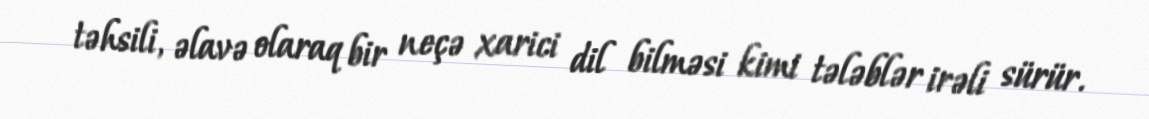
təhsili, əlavə olaraq bir neçə xarici dil bilməsi kimi tələblər irəli sürür.